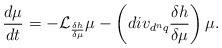
LaTeX: \begin{align*}\frac{d\mu }{dt}=-\mathcal{L}_{\frac{\delta h}{\delta \mu }}\mu-\left( div_{d^{n}q}\frac{\delta h}{\delta \mu }\right) \mu .\end{align*}